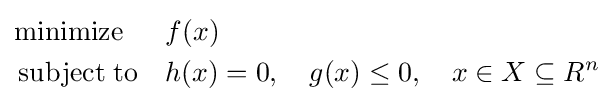
{\begin{aligned}&{\operatorname {minimize} }&&f(x)\\&\operatorname {subject\;to} &&h(x)=0,\quad g(x)\leq 0,\quad x\in X\subseteq R^{n}\\\end{aligned}}